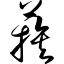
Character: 蔟